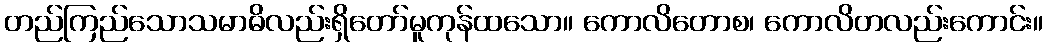
တည်ကြည်သောသမာဓိလည်းရှိတော်မူကုန်ထသော။ ကောလိတောစ၊ ကောလိတလည်းကောင်း။